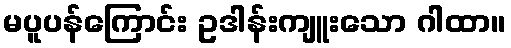
မပူပန်ကြောင်း ဥဒါန်းကျူးသော ဂါထာ။